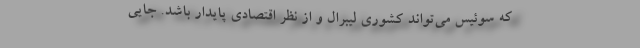
که سوئیس می‌تواند کشوری لیبرال و از نظر اقتصادی پایدار باشد. جایی